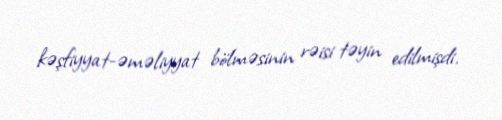
kəşfiyyat-əməliyyat bölməsinin rəisi təyin edilmişdi.